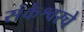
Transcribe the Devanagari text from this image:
संकेश्वरचे